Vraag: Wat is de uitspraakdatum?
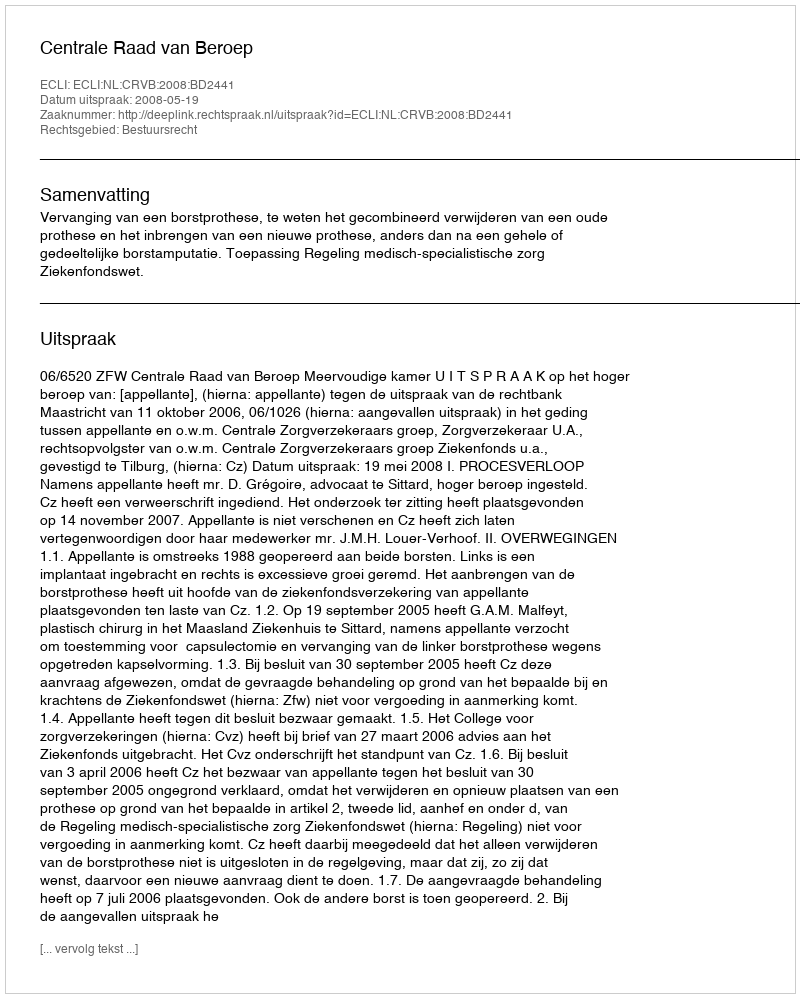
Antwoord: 2008-05-19